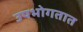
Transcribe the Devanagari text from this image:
उपभोगतात